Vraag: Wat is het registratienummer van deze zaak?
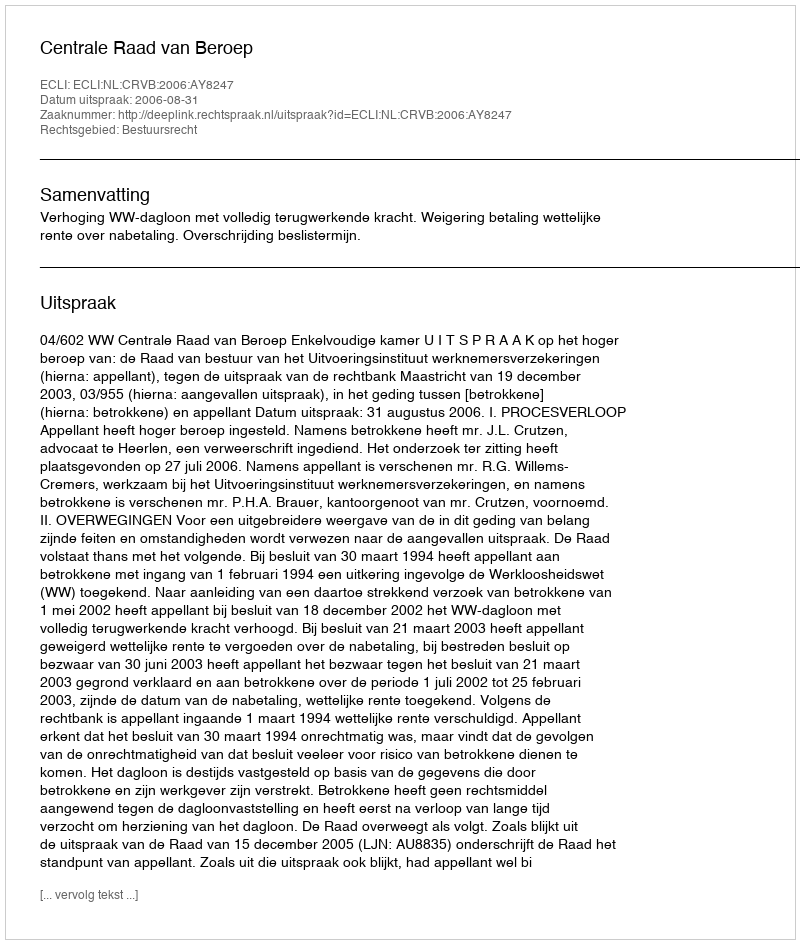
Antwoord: http://deeplink.rechtspraak.nl/uitspraak?id=ECLI:NL:CRVB:2006:AY8247